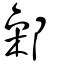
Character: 鄵